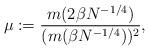
LaTeX: \begin{align*}\mu := \frac{m(2 \beta N^{-1/4})}{(m(\beta N^{-1/4}))^2},\end{align*}